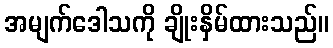
အမျက်ဒေါသကို ချိုးနှိမ်ထားသည်။